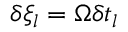
\delta \xi _ { l } = \Omega \delta t _ { l }